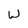
Character: W